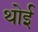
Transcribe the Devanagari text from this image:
थोई